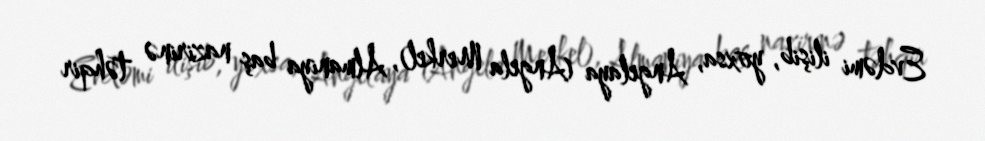
Evdəmi ilişib, yoxsa, Angelaya (Angela Merkel), Almaniya baş nazirinə təhqir